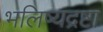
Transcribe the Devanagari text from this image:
भलिष्यद्रष्टा